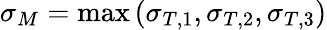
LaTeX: \sigma_{M}=\operatorname*{max}{(\sigma_{T,1},\sigma_{T,2},\sigma_{T,3})}